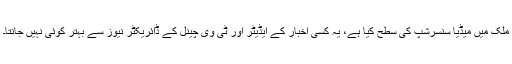
ملک میں میڈیا سنسرشپ کی سطح کیا ہے، یہ کسی اخبار کے ایڈیٹر اور ٹی وی چینل کے ڈائریکٹر نیوز سے بہتر کوئی نہیں جانتا۔